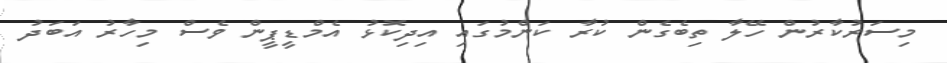
މިސަރުކާރުން ހޭލާ ތިބެގެން ކުރާ ކަންމުގައި އިދިކޮޅު އެމްޑީޕީން ވެސް މިހާރު އަބަދު